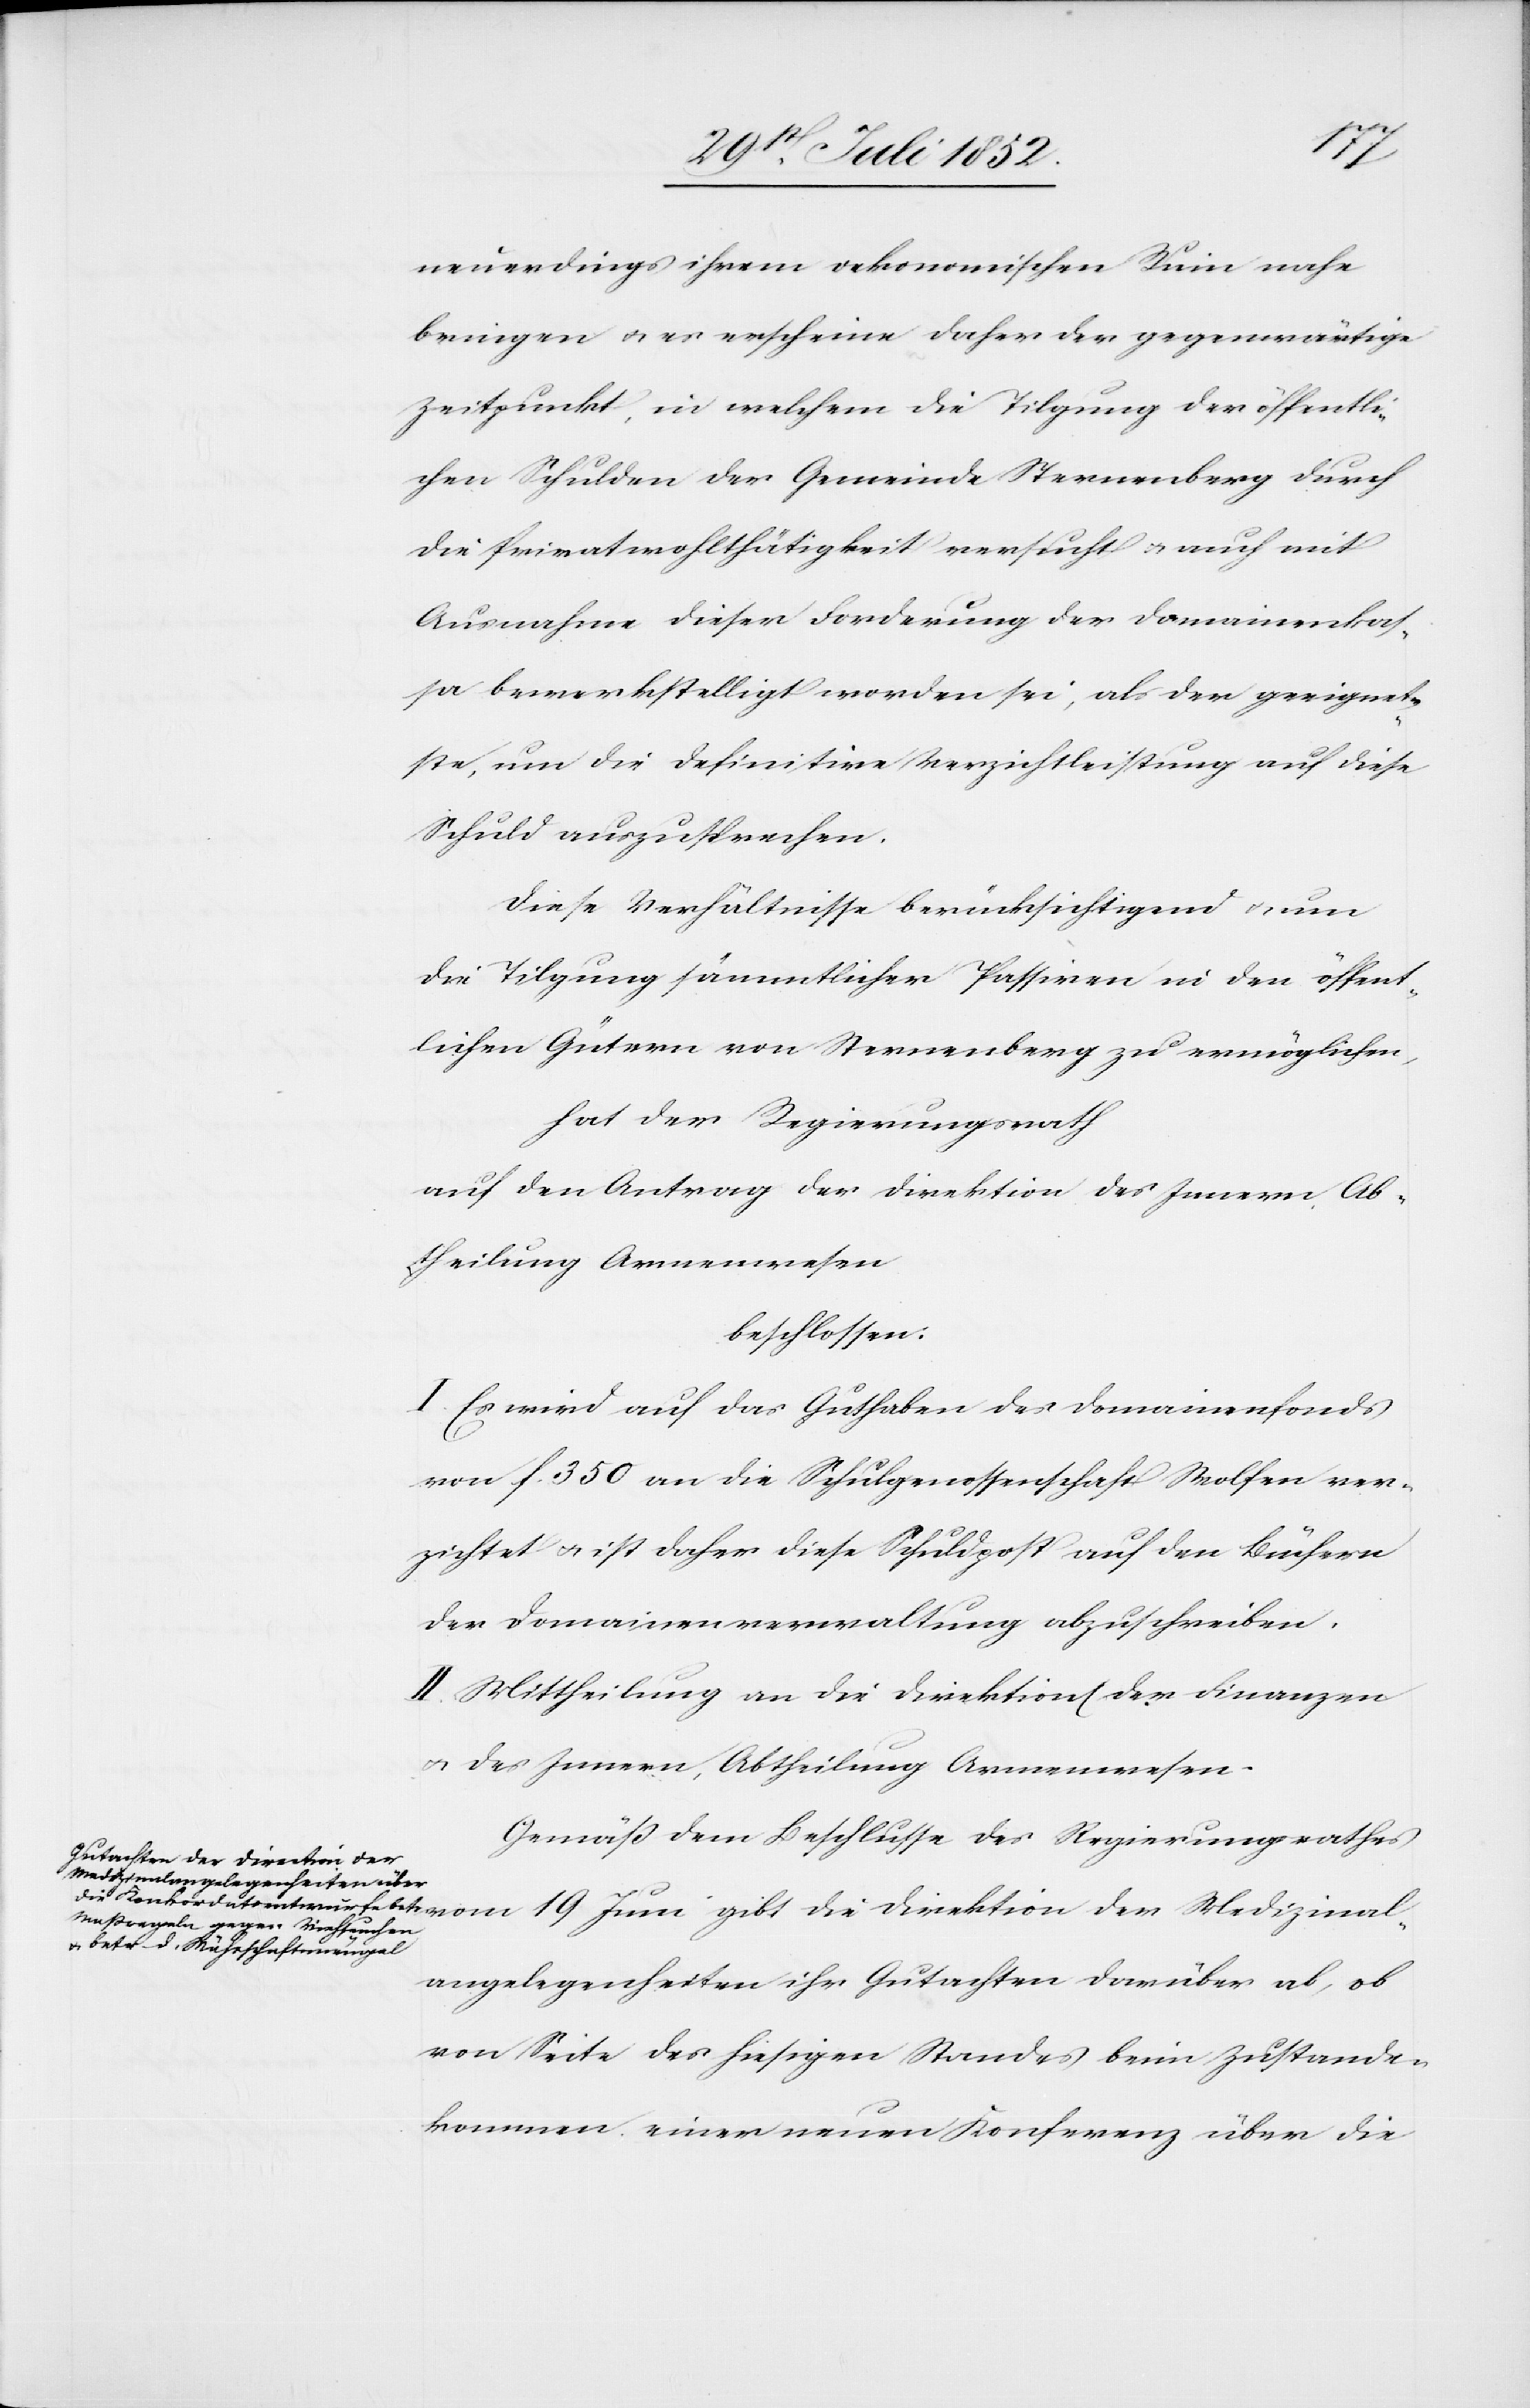
dizinal¬
neuerdings ihrem oekonomischen Ruin nahe
bringen & es erscheine daher der gegenwärtige
Zeitpunkt, in welchem die Tilgung der öffentli¬
chen Schulden der Gemeinde Sternenberg durch
die Privatwohlthätigkeit versucht & auch mit
Ausnahme dieser Forderung der Domainenkas¬
sa bewerkstelligt worden sei, als der geeignet¬
ste, um die definitive Verzichtleistung auf diese
Schuld auszusprechen.
Diese Verhältnisse berücksichtigend & um
die Tilgung sämmtlicher Passiven in den öffent¬
lichen Gütern von Sternenberg zu ermöglichen,
hat der Regierungsrath
auf den Antrag der Direktion des Innern, Ab¬
theilung Armenwesen
beschlossen:
I. Es wird auf das Guthaben des Domainenfonds
von f. 350 an die Schulgenossenschaft Wolfen ver¬
zichtet & ist daher diese Schuldpost auf den Büchern
der Domainenverwaltung abzuschreiben.
II. Mittheilung an die Direktion[en] der Finanzen
& des Innern, Abtheilung Armenwesen.
Gemäß dem Beschlusse des Regierungsrathes
Juni gibt die Direktion der
angelegenheiten ihr Gutachten darüber ab, ob
von Seite des hiesigen Standes beim Zustande¬
kommen einer neuen Konferenz über die